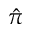
\hat { \pi }